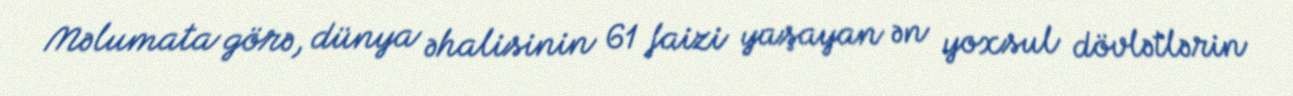
Məlumata görə, dünya əhalisinin 61 faizi yaşayan ən yoxsul dövlətlərin